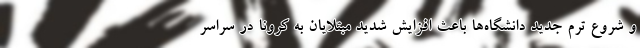
و شروع ترم جدید دانشگاه‌ها باعث افزایش شدید مبتلایان به کرونا در سراسر